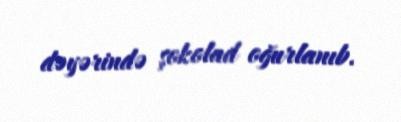
dəyərində şokolad oğurlanıb.